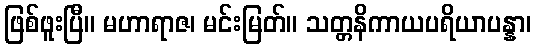
ဖြစ်ဖူးပြီ။ မဟာရာဇ၊ မင်းမြတ်။ သတ္တနိကာယပရိယာပန္နာ၊